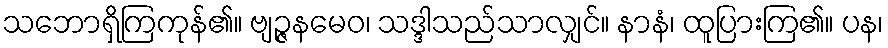
သဘောရှိကြကုန်၏။ ဗျဉ္ဇနမေဝ၊ သဒ္ဒါသည်သာလျှင်။ နာနံ၊ ထူပြားကြ၏။ ပန၊